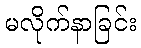
မလိုက်နာခြင်း